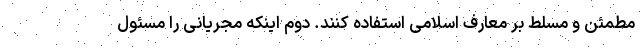
مطمئن و مسلط بر معارف اسلامی استفاده کنند. دوم اینکه مجریانی را مسئول